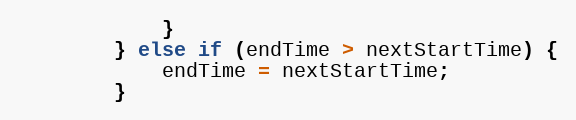
Language: Java
			}
		} else if (endTime > nextStartTime) {
			endTime = nextStartTime;
		}